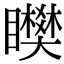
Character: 𥌞